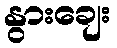
နွားချေး